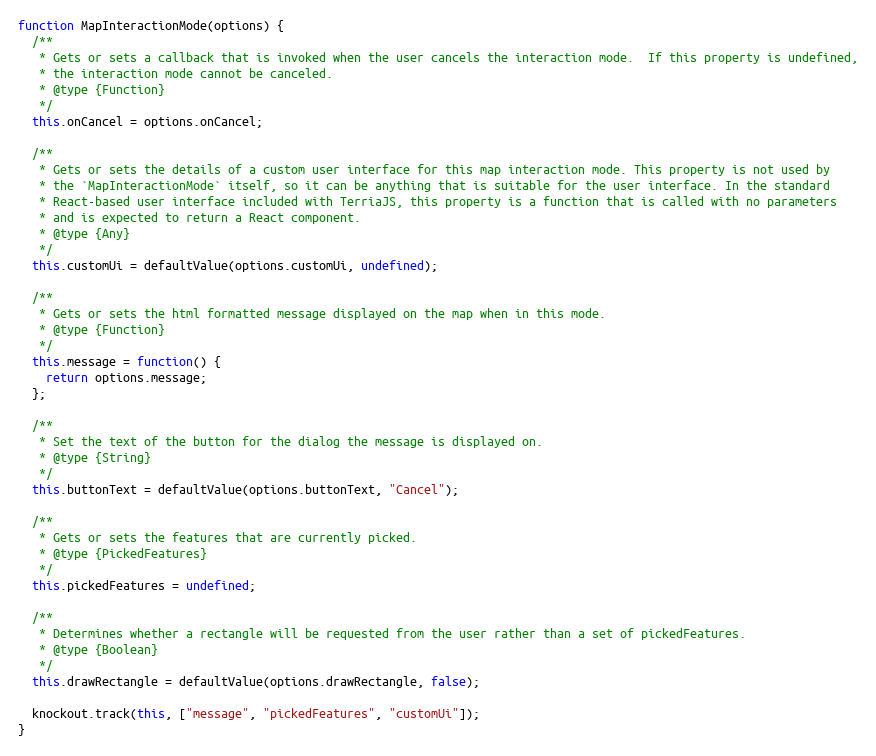
Language: JavaScript
function MapInteractionMode(options) {
  /**
   * Gets or sets a callback that is invoked when the user cancels the interaction mode.  If this property is undefined,
   * the interaction mode cannot be canceled.
   * @type {Function}
   */
  this.onCancel = options.onCancel;

  /**
   * Gets or sets the details of a custom user interface for this map interaction mode. This property is not used by
   * the `MapInteractionMode` itself, so it can be anything that is suitable for the user interface. In the standard
   * React-based user interface included with TerriaJS, this property is a function that is called with no parameters
   * and is expected to return a React component.
   * @type {Any}
   */
  this.customUi = defaultValue(options.customUi, undefined);

  /**
   * Gets or sets the html formatted message displayed on the map when in this mode.
   * @type {Function}
   */
  this.message = function() {
    return options.message;
  };

  /**
   * Set the text of the button for the dialog the message is displayed on.
   * @type {String}
   */
  this.buttonText = defaultValue(options.buttonText, "Cancel");

  /**
   * Gets or sets the features that are currently picked.
   * @type {PickedFeatures}
   */
  this.pickedFeatures = undefined;

  /**
   * Determines whether a rectangle will be requested from the user rather than a set of pickedFeatures.
   * @type {Boolean}
   */
  this.drawRectangle = defaultValue(options.drawRectangle, false);

  knockout.track(this, ["message", "pickedFeatures", "customUi"]);
}